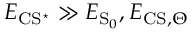
E _ { \mathrm { C S ^ { \star } } } \gg E _ { \ensuremath { \mathrm { S } } _ { 0 } } , E _ { \mathrm { C S } , \Theta }